Lunatic asylums United Provinces 1909-1921 - 1909-1921
Year: 1909
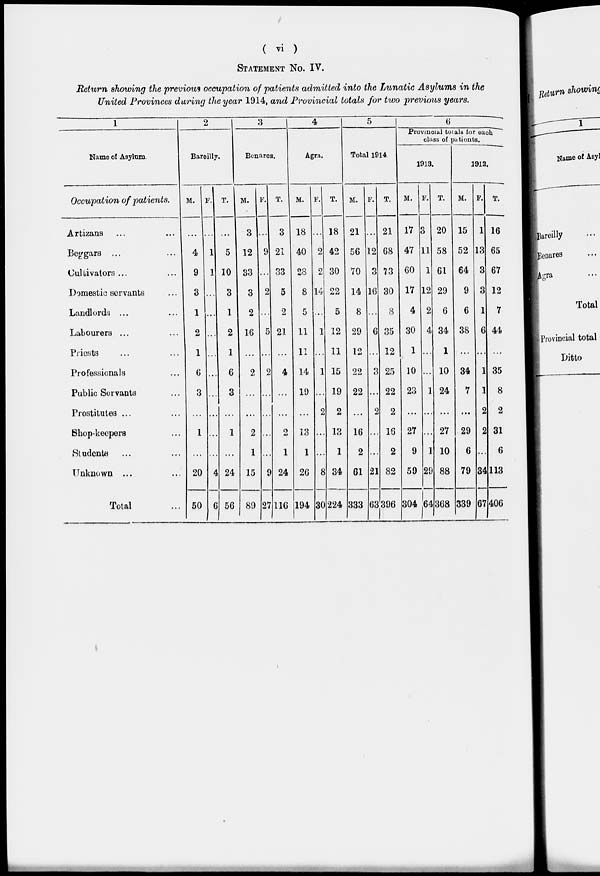
( vi )
STATEMENT No. IV.
Return showing the previous occupation of patients admitted into the Lunatic Asylums in the
United Provinces during the year 1914, and Provincial totals for two previous years.
1
Name of Asylum.
Occupation of patients.
Artizans ... ...
Beggars ... ...
Cultivators ... ...
Domestic servants ...
Landlords ... ...
Labourers ... ...
Priests ... ...
Professionals ...
Public Servants ...
Prostitutes ... ...
Shop-keepers ...
Students ...
Unknown ... ...
Total ...
2
Bareilly.
M.
...
4
9
3
1
2
1
6
3
...
1
...
20
50
F.
...
1
1
...
...
...
...
...
...
...
...
...
4
6
T.
...
5
10
3
1
2
1
6
3
...
1
...
24
56
3
Benares.
M.
3
12
33
3
2
16
...
2
...
...
2
1
15
89
F.
...
9
...
2
...
5
...
2
...
...
...
...
9
27
T.
3
21
33
5
2
21
...
4
...
...
2
1
24
116
4
Agra.
M.
18
40
28
8
5
11
11
14
19
...
13
1
26
194
F.
...
2
2
14
...
1
...
1
...
2
...
...
8
30
T.
18
42
30
22
5
12
11
15
19
2
13
1
34
224
5
Total 1914.
M.
21
56
70
14
8
29
12
22
22
...
16
2
61
333
F.
...
12
3
16
...
6
...
3
...
2
...
...
21
63
T.
21
68
73
30
8
35
12
25
22
2
16
2
82
396
6
Provincial totals for each
class of patients.
1913.
M.
17
47
60
17
4
30
1
10
23
...
27
9
59
304
F.
3
11
1
12
2
4
...
...
1
...
...
1
29
64
T.
20
58
61
29
6
34
1
10
24
...
27
10
88
368
1912.
M.
15
52
64
9
6
38
...
34
7
...
29
6
79
339
F.
1
13
3
3
1
6
...
1
1
2
2
...
34
67
T.
16
65
67
12
7
44
...
35
8
2
31
6
113
406